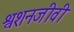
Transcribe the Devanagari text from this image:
श्वशनजीवी